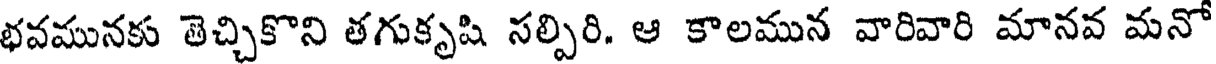
భవమునకు తెచ్చికొని తగుకృషి సల్పిరి. ఆ కాలమున వారివారి మానవ మనో